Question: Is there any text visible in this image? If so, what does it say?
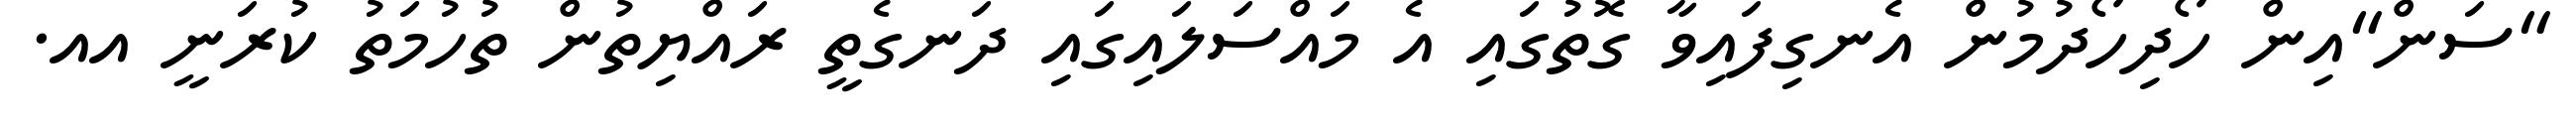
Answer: "ސަން"އިން ހޯދިހޯދުމުން އެނގިފައިވާ ގޮތުގައި އެ މައްސަލައިގައި ދަނގެތީ ރައްޔިތުން ތުހުމަތު ކުރަނީ އއ.